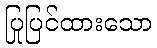
ပြုပြင်ထားသော